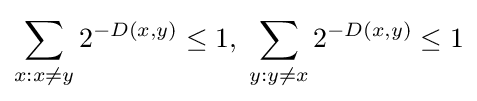
\sum _{x:x\neq y}2^{-D(x,y)}\leq 1,\;\sum _{y:y\neq x}2^{-D(x,y)}\leq 1